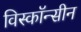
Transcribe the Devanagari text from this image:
विस्कॉन्सीन